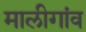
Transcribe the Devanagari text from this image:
मालीगांव